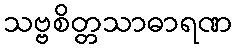
သဗ္ဗစိတ္တသာဓာရဏ